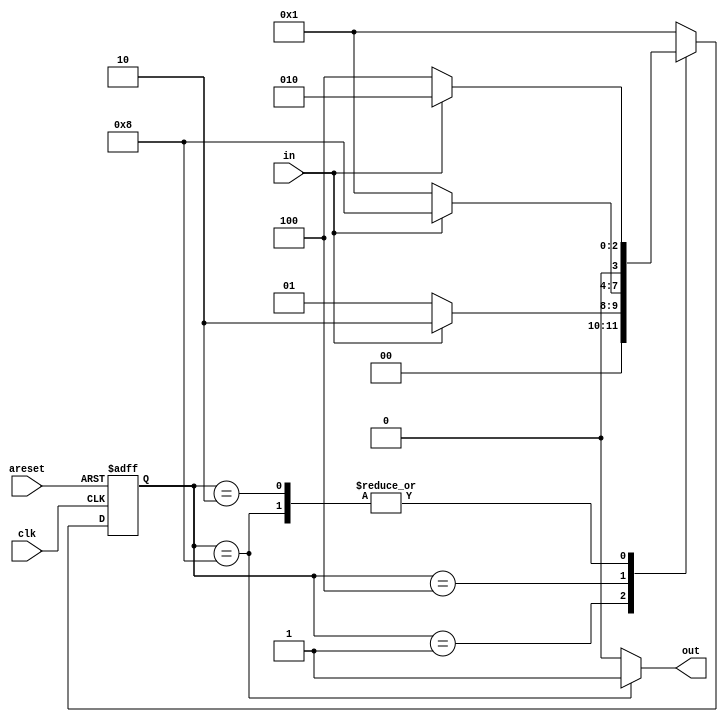
module top_module(
    input clk,
    input in,
    input areset,
    output out); //

    // State transition logic
    reg [3 : 0] nstate;
    reg [3 : 0] cstate;
    reg out_reg;
    parameter A = 4'd1;
    parameter B = 4'd2;
    parameter C = 4'd4;
    parameter D = 4'd8;
    
    always @(posedge clk or posedge areset)begin
        if(areset)begin
        cstate <= A;
    end
        else begin
        cstate <= nstate;
    end
    end

    always @(*)begin
        nstate = A;
        case (cstate)
        A:begin
            if(in)
                nstate = B;
            else 
                nstate = A;
            out_reg = 1'b0;
        end
        B:begin
            if(in)
                nstate = B;
            else
                nstate = C;
            out_reg = 1'b0;
        end
        C:begin
            if(in)
                nstate = D;
            else
                nstate = A;
            out_reg = 1'b0;
        end
        D:begin
            if(in)
                nstate = B;
            else
                nstate = C;
            out_reg = 1'b1;
        end
        default:begin
            nstate = A;
            out_reg = 1'b0;    
        end      
        endcase
    end
    
    // always @(*)begin
    //     nstate = A;
    //     case(cstate)
    //     A:begin
    //         if(in)
    //             nstate = B;
    //         else 
    //             nstate = A;
    //     end
    //     B:begin
    //         if(in)
    //             nstate = B;
    //         else
    //             nstate = C;
    //     end
    //     C:begin
    //         if(in)
    //             nstate = D;
    //         else
    //             nstate = A;
    //     end
    //     D:begin
    //         if(in)
    //             nstate = B;
    //         else
    //             nstate = C;
    //     end
    //     default:
    //         nstate = A;
    //   endcase
    // end
    // always @(posedge clk or posedge areset)begin
    //     if(areset)begin
    //         out_reg <= 0;
    //     end
    //     case(nstate)
    //     A:begin
    //         out_reg <= 1'b0;
    //     end
    //     B:begin
    //         out_reg <= 1'b0;
    //     end
    //     C:begin
    //         out_reg <= 1'b0;
    //     end
    //     D:begin
    //         out_reg <= 1'b1;
    //     end
    //     default:begin
    //         out_reg <= 1'b0;
    //     end
    //   endcase
    // end

    // State flip-flops with asynchronous reset

    // Output logic
assign out = out_reg;
endmodule